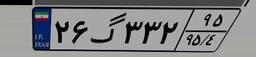
۲۶گ۳۳۲۹۵